Annual administration report of the Civil Veterinary Department of India - 1899-1900
Year: 1899
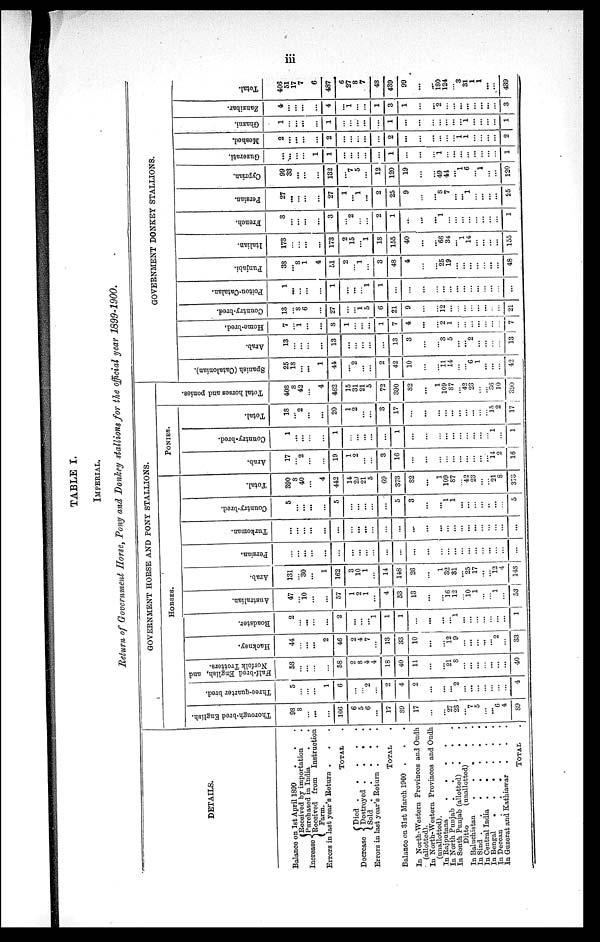
iii
TABLE I.
IMPERIAL.
Return of Government Horse, Pony and Donkey stallions for the official year 1899-1900.
DETAILS.
Balance on 1st April 1899 . . .
Increase
Received by importation .
Purchased in India . .
Received from Instruction
Farm.
Errors in last year's Return . . .
TOTAL
Decrease
Died .
.
.
. .
Destroyed .
.
. .
Sold .
.
.
. .
Errors in last year's Return . . .
TOTAL
Balance on 31st March 1900 . . .
In North-Western Provinces and Oudh.
(allotted)
In North-Western Provinces and Oudh
(unallotted).
In Rajputana
.
.
.
.
In North Punjab .
.
.
. .
In South Punjab (allotted) . . .
Ditto
(unallotted)
In Baluchistan
.
.
.
. .
In Sind . . . . . . .
In Central India .
.
.
. .
In Bengal. . . . . .
In Deccan.
.
.
.
. .
In Guzerat and Kathiawar . . .
TOTAL
GOVERNMENT HORSE AND PONY STALLIONS.
HORSES
Thorough-bred English.
98
8
... ...
...
...
106
6
5
6
...
17
89
17
...
... 27
23
... 7
5
...
... 6
4
89
Three-quarter bred.
5
...
...
...
...
1
6
...
...
2
...
2
4
2
...
...
... 2
... ...
...
...
...
...
4
Half-bred
English, and
Norfolk Trotters.
58
...
...
...
...
...
58
2
8
4
4
18
40
11
...
... 21
8
...
...
...
...
...
...
...
40
Hackney.
44
...
...
...
...
2
46
2
4
7
...
13
33
10
...
... 12
9
... ...
...
...
... 2
...
33
Roadster.
2
...
...
...
...
...
2
...
...
...
1
1
1
...
...
... ...
1
...
...
...
...
...
...
1
Australian.
47
...
10
...
...
...
57
1
2
1
...
4
53
13
...
... 16
12
... 10
1
...
... 1
...
53
Arab.
131
...
30
...
...
1
162
3
10
1
...
14
148
26
...
1
32
31
... 25
17
...
... 12
4
148
Persian.
...
...
...
...
...
...
...
...
...
...
...
...
...
...
...
...
...
...
...
...
...
...
...
...
...
...
Turkoman.
...
...
...
...
...
...
...
...
...
...
...
...
...
...
...
...
...
...
...
...
...
...
...
...
...
...
Country-bred.
5
......
...
...
...
...
5
...
...
...
...
...
5
3
...
... 1
1
... ...
...
...
...
...
...
5
Total.
390
8
40
...
...
4
442
14
29
21
5
69
373
82
...
1
109
87
... 42
23
...
...
21
8
373
PONIES
Arab.
17
...
2
...
...
...
19
1
2
...
3
16
...
...
...
...
...
...
...
...
...
... 14
2
16
Country-bred.
1
...
...
...
...
...
1
...
...
...
...
...
1
...
...
...
...
...
...
...
...
...
...
1
...
1
Total.
18
...
2
...
...
...
20
1
2
...
...
3
17
...
...
...
...
...
...
...
...
... 15
2
17
Total horses and ponies.
408
8
42
...
...
4
462
15
31
21
5
72
390
82
...
1
109
87
... 42
23
...
...
36
10
390
GOVERNMENT DONKEY STALLIONS.
Spanish (Catalonian).
25
18
... ...
...
1
44
...
2
...
...
2
42
10
...
... 11
14
...
...
6
1
...
...
...
42
Arab.
13
...
...
...
...
...
13
...
...
...
...
...
13
3
...
... 3
5
...
...
2
...
...
... ...
13
Home-bred.
7
...
1
...
...
...
8
1
...
...
...
1
7
4
...
... 2
1
...
...
...
...
...
...
...
7
Country-bred.
13
...
8
6
...
...
27
...
...
1
5
6
21
9
...
...
12
...
...
...
...
...
...
...
...
21
Poitou-Catalan.
1
...
...
...
...
...
1
...
...
...
1
1
...
...
...
...
...
...
...
...
...
...
...
...
...
...
Punjabi.
38
...
8
1
...
4
51
2
...
1
3
48
4
...
...
25
19
...
...
...
...
...
...
...
48
Italian.
173
...
...
...
...
...
173
2
15
...
1
18
155
40
...
...
66
34
...
1
14
...
...
... ...
155
French.
3
...
...
...
...
...
3
...
2
...
...
2
1
...
... 1
...
...
...
...
...
...
...
...
1
Persian.
27
...
...
...
...
...
27
1
...
1
...
2
25
9
...
... 8
7
... ...
1
...
...
... ...
25
Cyprian.
99
33
...
...
...
...
132
...
7
5
...
12
120
19
...
... 49
44
...
1
6
...
1
... ...
120
Guzerati.
...
...
...
...
...
1
1
...
...
...
...
...
1
...
... 1
...
...
...
...
...
...
...
...
1
Meshod.
2
...
...
...
...
...
2
...
...
...
...
...
2
...
...
...
...
...
... 1
1
...
...
...
...
2
Ghazni.
1
...
...
...
...
...
1
...
...
...
...
...
1
...
...
...
...
...
...
1
...
...
...
...
1
Zanzibar.
4
...
...
...
...
...
4
...
1
...
...
1
3
1
...
...
2
...
...
...
...
...
...
...
...
3
Total.
406
51
17
7
...
6
487
6
27
8
7
48
439
99
...
...
180
124
...
3
31
1
1
...
...
439